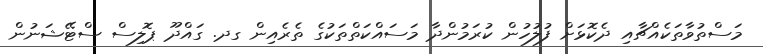
މަސްތުވާތަކެއްޗާއި ދެކޮޅަށް ފުލުހުން ކުރަމުންދާ މަސައްކަތްތަކުގެ ތެރެއިން ގދ. ގައްދޫ ޕޮލިސް ސްޓޭޝަނުން